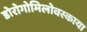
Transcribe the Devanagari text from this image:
डोरोगोमिलोवस्काया